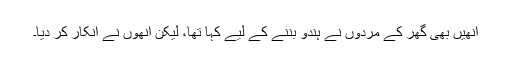
انھیں بھی گھر کے مردوں نے ہندو بننے کے لیے کہا تھا، لیکن انھوں نے انکار کر دیا۔